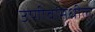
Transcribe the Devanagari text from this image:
उणीवांमधील